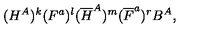
( H ^ { A } ) ^ { k } ( F ^ { a } ) ^ { l } ( { \overline { H } } ^ { A } ) ^ { m } ( { \overline { F } } ^ { a } ) ^ { r } B ^ { A } ,